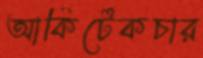
আর্কিটেকচার